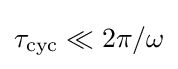
\tau _{\text{cyc}}\ll 2\pi /\omega